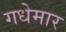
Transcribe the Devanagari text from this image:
गधेमार